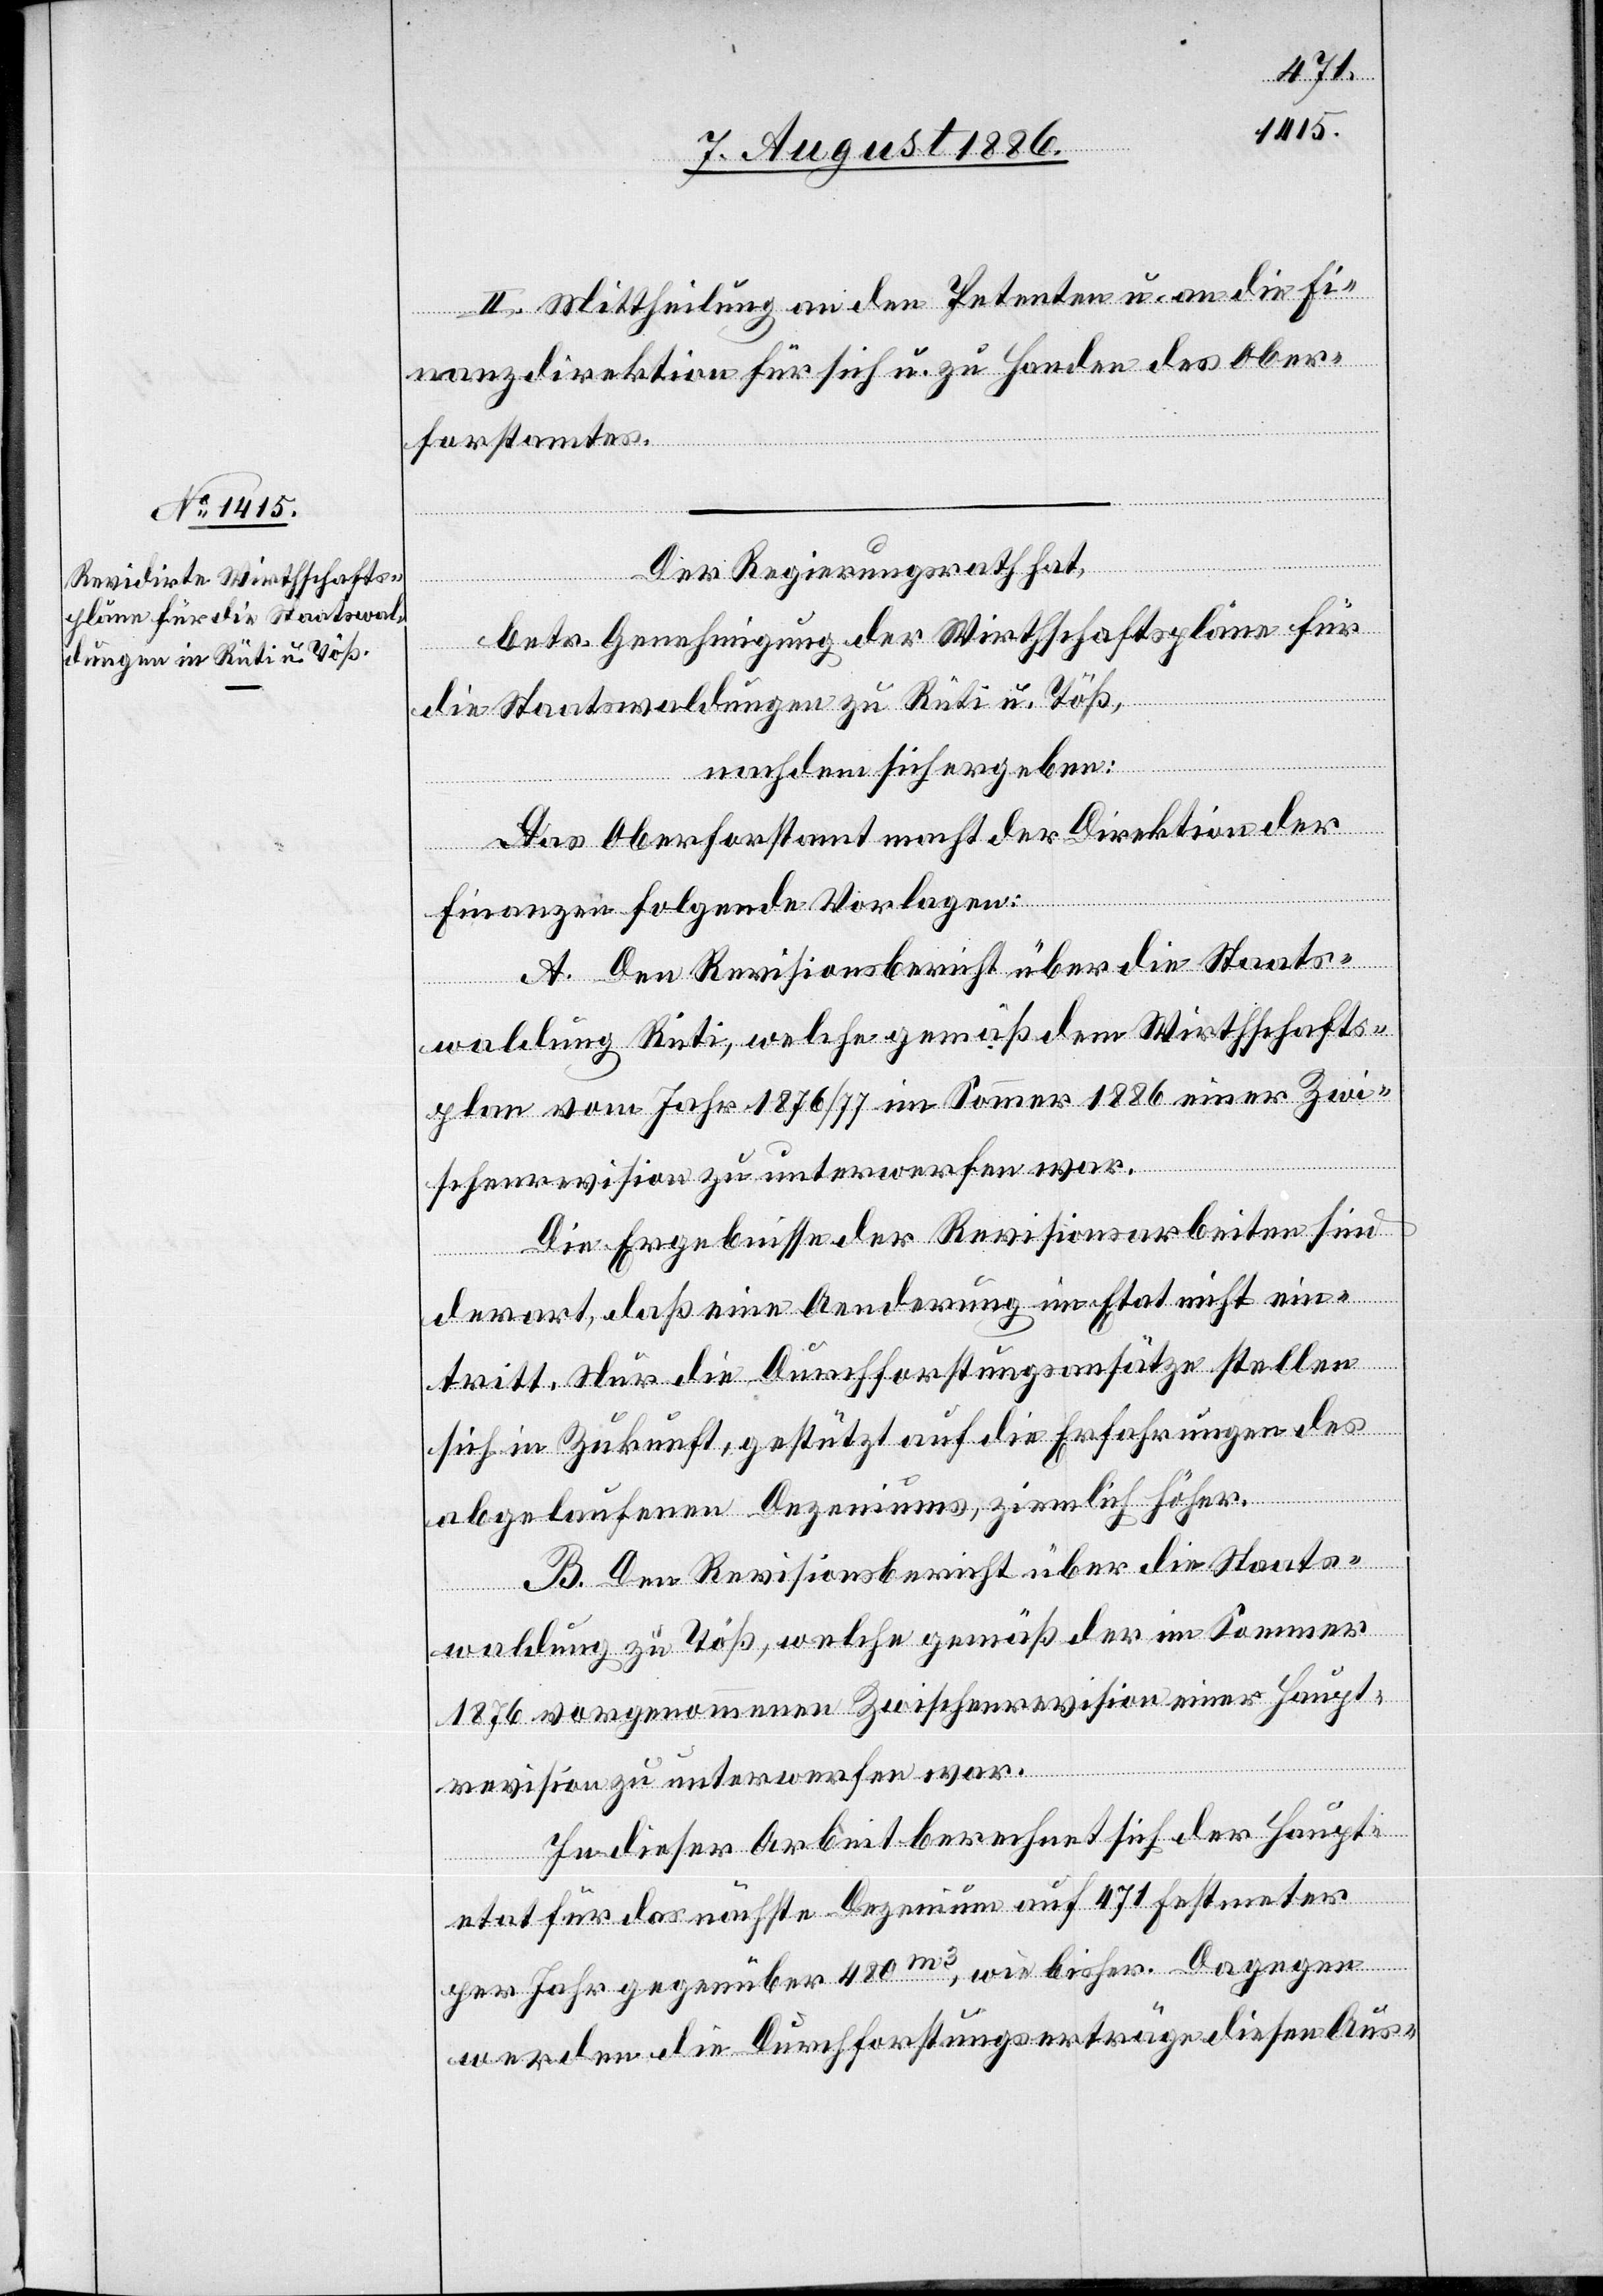
II. Mittheilung an den Petenten u. an die Fi¬
nanzdirektion für sich u. zu Handen des Ober¬
forstamtes.
Der Regierungsrath hat,
betr. Genehmigung der Wirthschaftspläne für
die Staatswaldungen zu Rüti u. Töß,
nachdem sich ergeben:
Das Oberforstamt macht der Direktion der
Finanzen folgende Vorlagen:
A. Den Revisionsbericht über die Staats¬
waldung Rüti, welche gemäß dem Wirthschafts¬
plan vom Jahr 1876/77 im Sommer 1886 einer Zwi¬
schenrevision zu unterwerfen war.
Die Ergebnisse der Revisionsarbeiten sind
derart, daß eine Aenderung im Etat nicht ein¬
tritt. Nur die Durchforstungsansätze stellen
sich in Zukunft, gestützt auf die Erfahrungen des
abgelaufenen Dezeniums [sic!], ziemlich höher.
B. Den Revisionsbericht über die Staats¬
waldung zu Töß, welche gemäß der im Sommer
1876 vorgenommenen Zwischenrevision einer Haupt¬
revision zu unterwerfen war.
In dieser Arbeit berechnet sich der Haupt¬
etat für das nächst Dezenium auf 471 Festmeter
per Jahr gegenüber 480m3, wie bisher. Dagegen
werden die Durchforstungserträge diesen Aus-